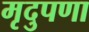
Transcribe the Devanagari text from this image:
मृदुपणा